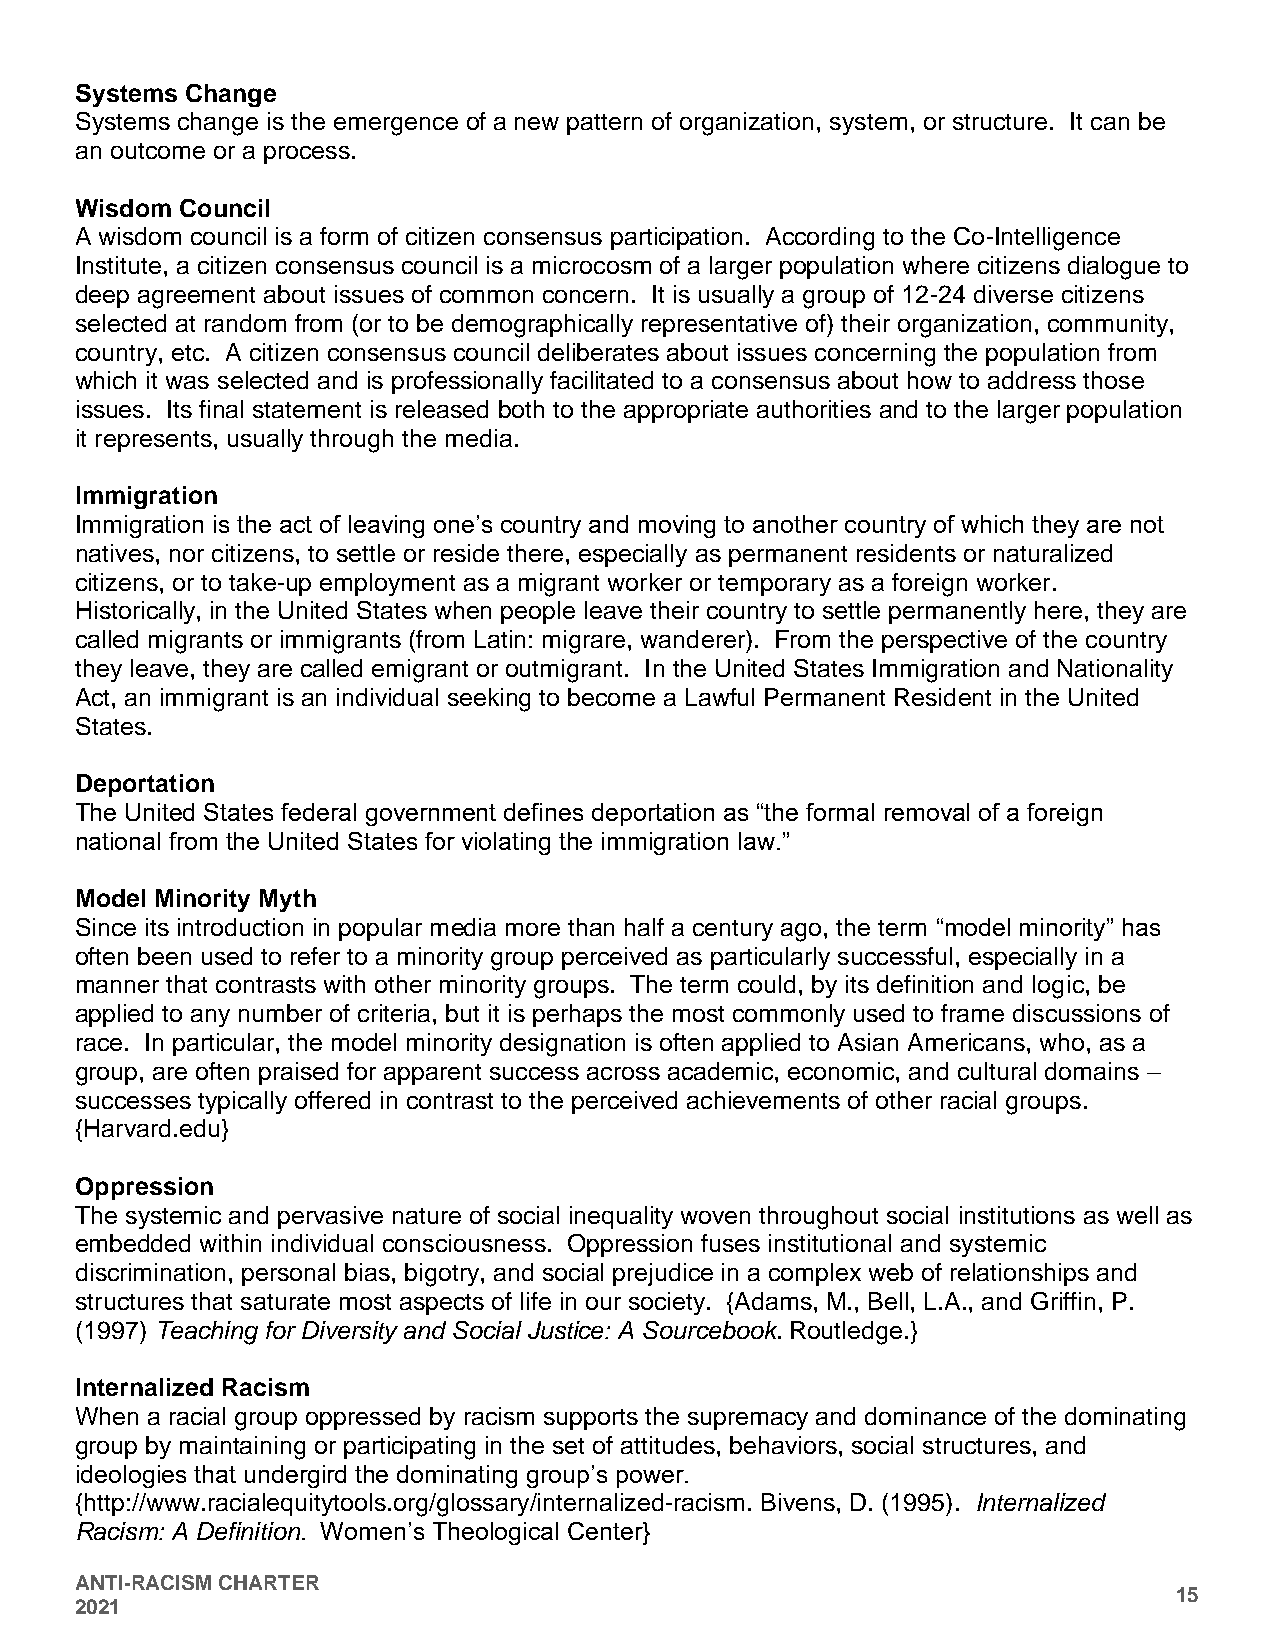
Systems Change
 Systems change is the emergence of a new pattern of organization, system, or structure. It can be
 an outcome or a process.
 Wisdom Council
 A wisdom council is a form of citizen consensus participation. According to the Co-Intelligence
 Institute, a citizen consensus council is a microcosm of a larger population where citizens dialogue to
 deep agreement about issues of common concern. It is usually a group of 12-24 diverse citizens
 selected at random from (or to be demographically representative of) their organization, community,
 country, etc. A citizen consensus council deliberates about issues concerning the population from
 which it was selected and is professionally facilitated to a consensus about how to address those
 issues. Its final statement is released both to the appropriate authorities and to the larger population
 it represents, usually through the media.
 Immigration
 Immigration is the act of leaving one’s country and moving to another country of which they are not
 natives, nor citizens, to settle or reside there, especially as permanent residents or naturalized
 citizens, or to take-up employment as a migrant worker or temporary as a foreign worker.
 Historically, in the United States when people leave their country to settle permanently here, they are
 called migrants or immigrants (from Latin: migrare, wanderer). From the perspective of the country
 they leave, they are called emigrant or outmigrant. In the United States Immigration and Nationality
 Act, an immigrant is an individual seeking to become a Lawful Permanent Resident in the United
 States.
 Deportation
 The United States federal government defines deportation as “the formal removal of a foreign
 national from the United States for violating the immigration law.”
 Model Minority Myth
 Since its introduction in popular media more than half a century ago, the term “model minority” has
 often been used to refer to a minority group perceived as particularly successful, especially in a
 manner that contrasts with other minority groups. The term could, by its definition and logic, be
 applied to any number of criteria, but it is perhaps the most commonly used to frame discussions of
 race. In particular, the model minority designation is often applied to Asian Americans, who, as a
 group, are often praised for apparent success across academic, economic, and cultural domains –
 successes typically offered in contrast to the perceived achievements of other racial groups.
 {Harvard.edu}
 Oppression
 The systemic and pervasive nature of social inequality woven throughout social institutions as well as
 embedded within individual consciousness. Oppression fuses institutional and systemic
 discrimination, personal bias, bigotry, and social prejudice in a complex web of relationships and
 structures that saturate most aspects of life in our society. {Adams, M., Bell, L.A., and Griffin, P.
 (1997) Teaching for Diversity and Social Justice: A Sourcebook. Routledge.}
 Internalized Racism
 When a racial group oppressed by racism supports the supremacy and dominance of the dominating
 group by maintaining or participating in the set of attitudes, behaviors, social structures, and
 ideologies that undergird the dominating group’s power.
 {http://www.racialequitytools.org/glossary/internalized-racism. Bivens, D. (1995). Internalized
 Racism: A Definition. Women’s Theological Center}
 ANTI-RACISM CHARTER
 15
 2021